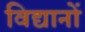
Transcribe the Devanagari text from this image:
विद्यानों